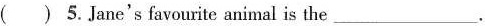
（ ）5.Jane's favouritc animal is the ___.